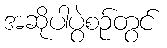
အဆိုပါပွဲစဉ်တွင်